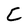
Character: C